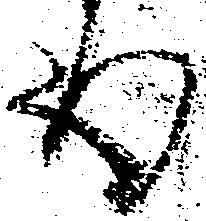
殿